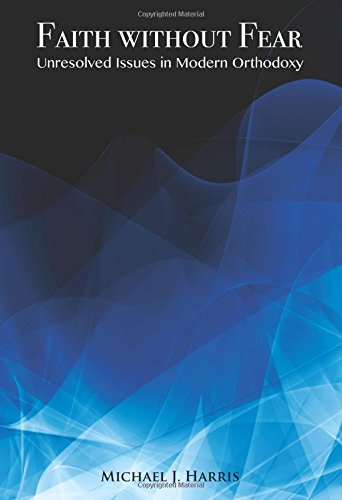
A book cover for Faith Without Fear: Unresolved Issues in Modern Orthodoxy; Michael J. Harris; Religion & Spirituality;